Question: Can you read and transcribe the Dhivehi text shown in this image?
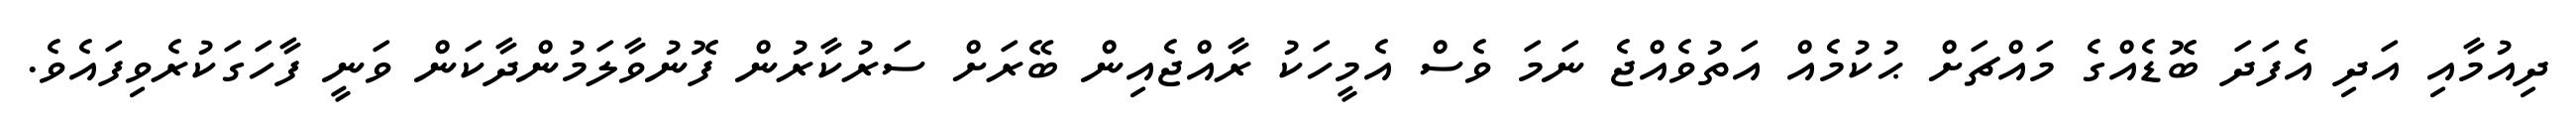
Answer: ދިއުމާއި އަދި އެފަދަ ބޮޑެއްގެ މައްޗަށް ޙުކުމެއް އަތުވެއްޖެ ނަމަ ވެސް އެމީހަކު ރާއްޖެއިން ބޭރަށް ސަރުކާރުން ފޮނުވާލަމުންދާކަން ވަނީ ފާހަގަކުރެވިފައެވެ.